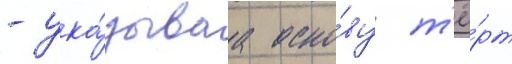
- ука́зываа осно́ву т'ё́рт